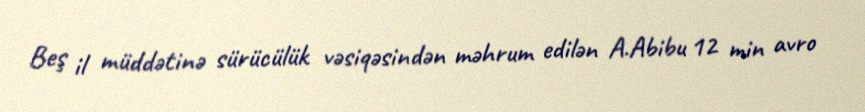
Beş il müddətinə sürücülük vəsiqəsindən məhrum edilən A.Abibu 12 min avro